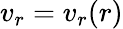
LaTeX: v_{r}=v_{r}(r)